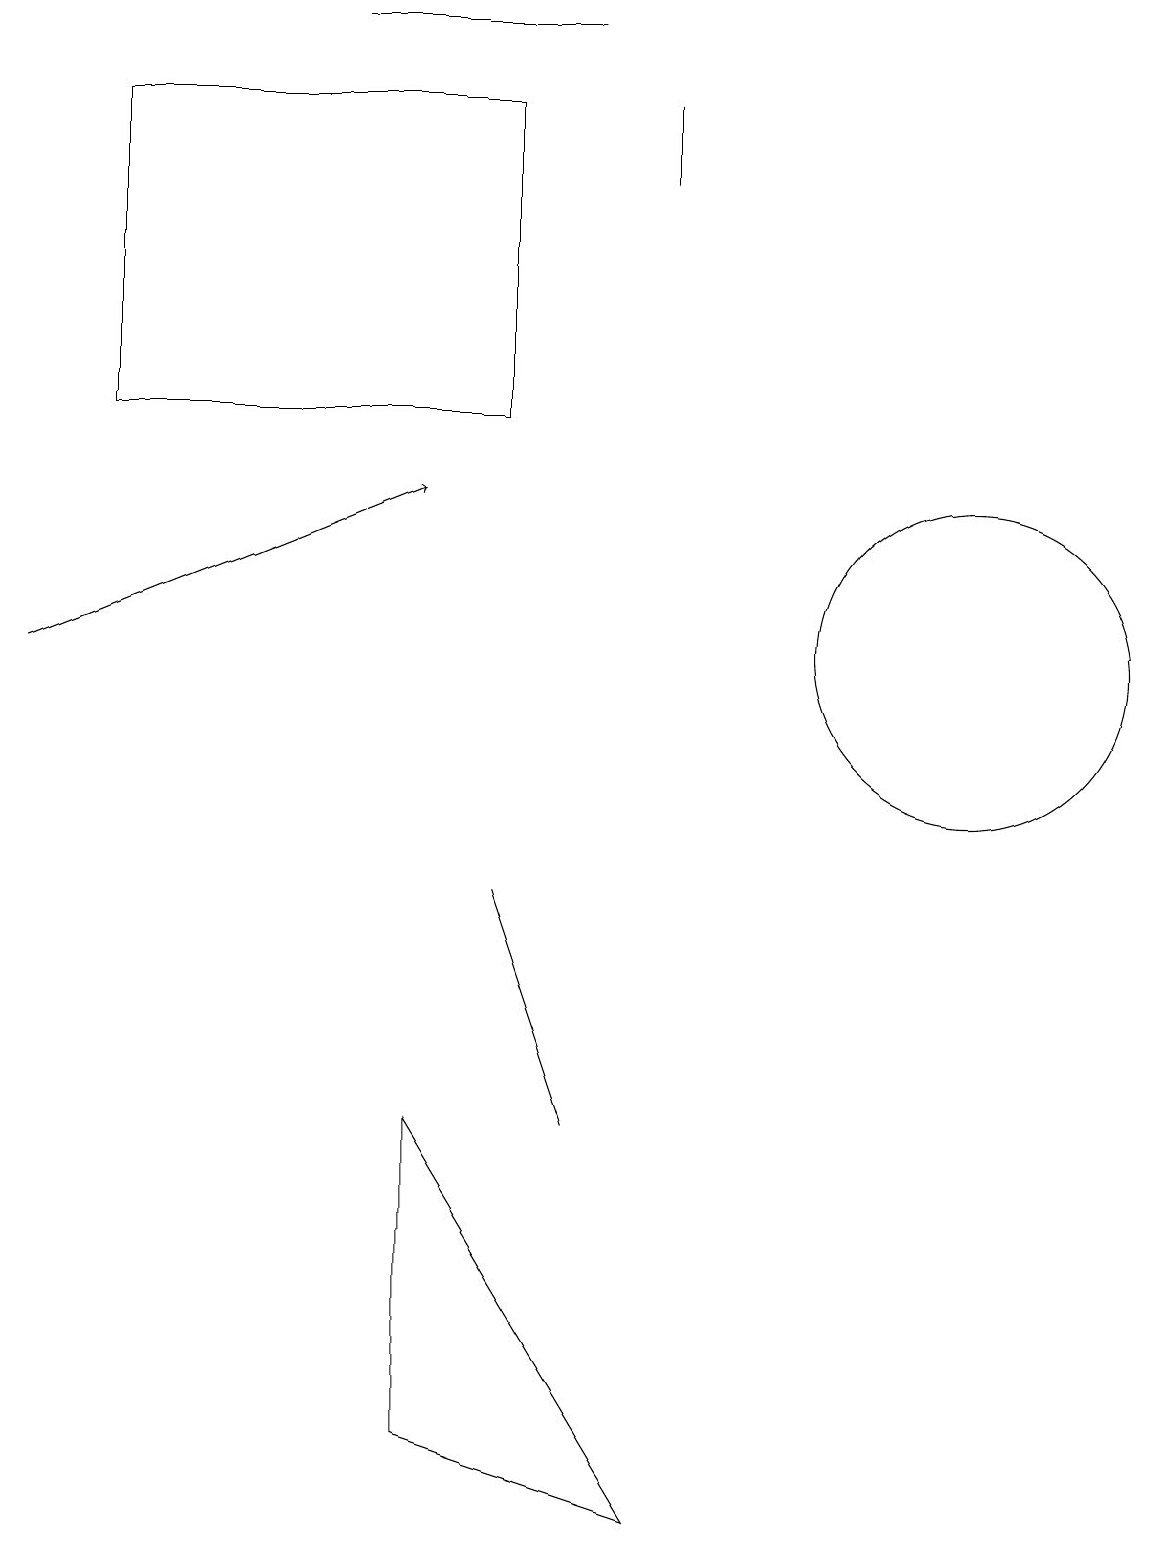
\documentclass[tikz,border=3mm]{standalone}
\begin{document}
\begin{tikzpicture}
\draw (7,5) -- (6,8) -- (6,8) -- cycle;
\draw (8,18) rectangle (8,17);
\draw (6,18) rectangle (1,14);
\draw[->] (0,11) -- (5,13);
\draw (7,19) rectangle (4,19);
\draw (12,11) circle (2);
\draw (5,1) -- (5,5) -- (8,0) -- cycle;
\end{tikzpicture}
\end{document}